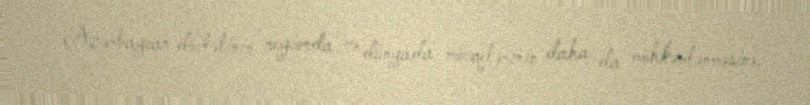
Azərbaycan dövlətinin regionda və dünyada mövqelərinin daha da möhkəmlənməsinə,